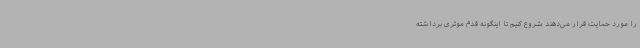
را مورد حمایت قرار می‌دهند شروع کنیم تا اینگونه قدم موثری برداشته